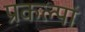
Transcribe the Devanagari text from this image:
प्रकल्पां